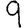
Digit: 9